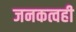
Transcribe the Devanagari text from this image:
जनकत्वही